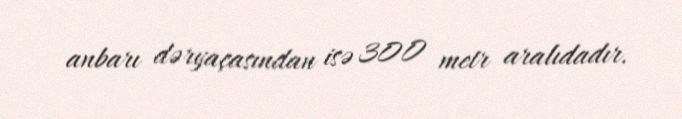
anbarı dəryaçasından isə 300 metr aralıdadır.